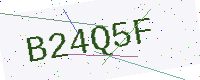
Text: B24Q5F